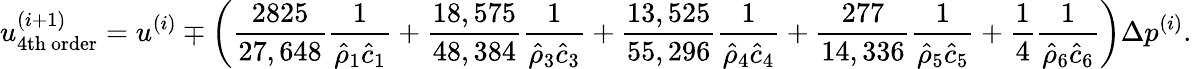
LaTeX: u_{\mathrm{4th~order}}^{(i+1)}=u^{(i)}\mp\left(\frac{2825}{27,648}\frac{1}{\hat{\rho}_{1}\hat{c}_{1}}+\frac{18,575}{48,384}\frac{1}{\hat{\rho}_{3}\hat{c}_{3}}+\frac{13,525}{55,296}\frac{1}{\hat{\rho}_{4}\hat{c}_{4}}+\frac{277}{14,336}\frac{1}{\hat{\rho}_{5}\hat{c}_{5}}+\frac{1}{4}\frac{1}{\hat{\rho}_{6}\hat{c}_{6}}\right)\Delta p^{(i)}.